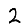
Digit: 2